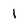
Character: l